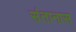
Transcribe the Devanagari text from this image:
संतानास